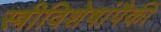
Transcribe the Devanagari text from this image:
स्त्रीविशेषांपैकी